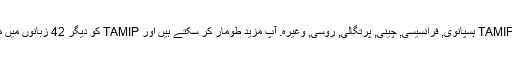
واپسی کے طور پر ، ہم کی مخفف کا ترجمہ کیا ہے TAMIP ہسپانوی, فرانسیسی, چینی, پرتگالی, روسی, وغیرہ. آپ مزید طومار کر سکتے ہیں اور TAMIP کو دیگر 42 زبانوں میں معنی تلاش کرنے کے لیے زبان مینیو پر کلک کریں ۔